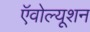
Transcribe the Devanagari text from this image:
ऍवोल्यूशन